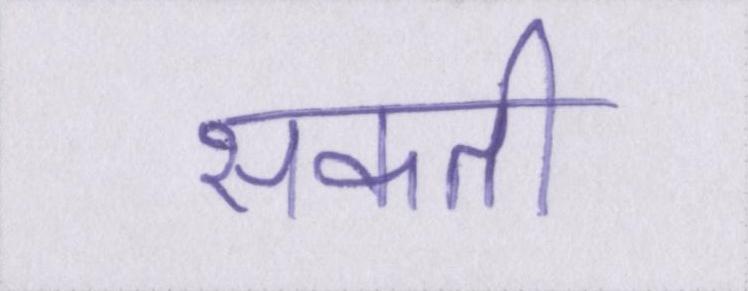
सकती